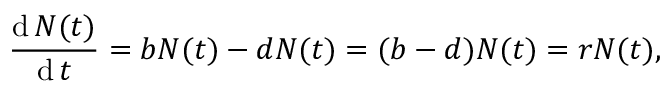
{ \frac { \operatorname { d } N ( t ) } { \operatorname { d } t } } = b N ( t ) - d N ( t ) = ( b - d ) N ( t ) = r N ( t ) ,